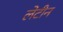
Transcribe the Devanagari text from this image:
लेटीन